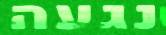
נגעה